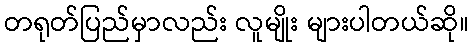
တရုတ်ပြည်မှာလည်း လူမျိုး များပါတယ်ဆို။